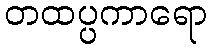
တထပ္ပကာရော